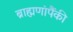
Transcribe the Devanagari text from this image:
ब्राह्मणांपैंकी